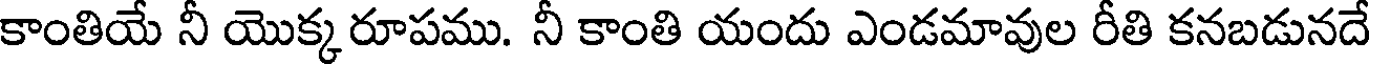
కాంతియే నీ యొక్క రూపము. నీ కాంతి యందు ఎండమావుల రీతి కనబడునదే